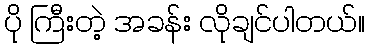
ပို ကြီးတဲ့ အခန်း လိုချင်ပါတယ်။